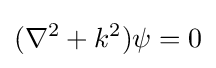
(\nabla ^{2}+k^{2})\psi =0